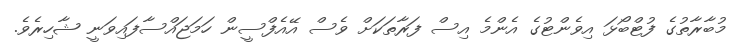
މުބާރާތުގެ ފުޓްބޯޅަ އިވެންޓުގެ އެންމެ އިސް ފަރާތަކަށް ވެސް އޭއެފްސީން ހަމަޖައްސާފައިވަނީ ޝާހިރެވެ.